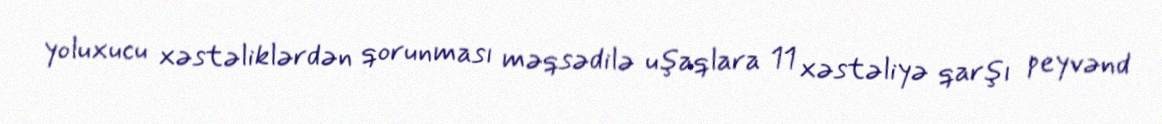
yoluxucu xəstəliklərdən qorunması məqsədilə uşaqlara 11 xəstəliyə qarşı peyvənd